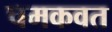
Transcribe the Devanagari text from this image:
चमकवत